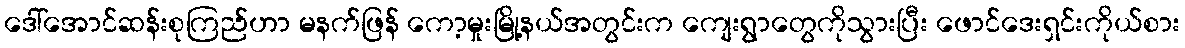
ဒေါ်အောင်ဆန်းစုကြည်ဟာ မနက်ဖြန် ကော့မှုးမြို့နယ်အတွင်းက ကျေးရွာတွေကိုသွားပြီး ဖောင်ဒေးရှင်းကိုယ်စား